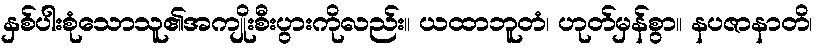
နှစ်ပါးစုံသောသူ၏အကျိုးစီးပွားကိုလည်း။ ယထာဘူတံ၊ ဟုတ်မှန်စွာ။ နပဇာနာတိ၊